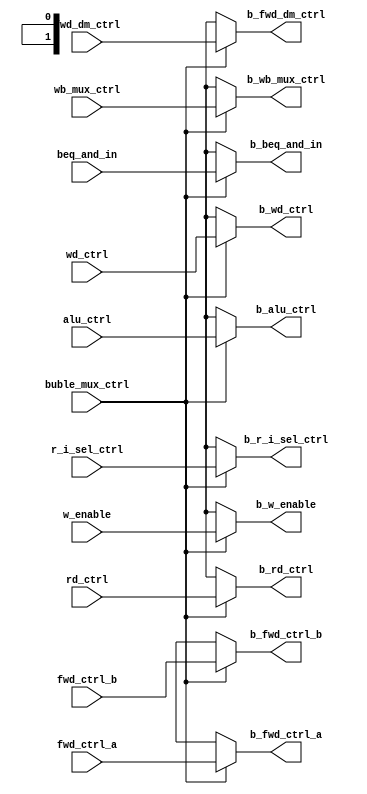
module BUBLE(
  input w_enable, alu_ctrl, buble_mux_ctrl, r_i_sel_ctrl, rd_ctrl, wd_ctrl, wb_mux_ctrl, fwd_dm_ctrl, beq_and_in,
  input [1:0] fwd_ctrl_a, fwd_ctrl_b,
  output reg b_w_enable, b_alu_ctrl, b_r_i_sel_ctrl, b_rd_ctrl, b_wd_ctrl, b_wb_mux_ctrl, b_fwd_dm_ctrl, b_beq_and_in,
  output reg [1:0] b_fwd_ctrl_a, b_fwd_ctrl_b);
  
  always @ (*)
    begin
      if(buble_mux_ctrl)
        begin
          b_w_enable = w_enable;
          b_alu_ctrl = alu_ctrl;
          b_r_i_sel_ctrl = r_i_sel_ctrl;
          b_rd_ctrl = rd_ctrl;
          b_wd_ctrl = wd_ctrl;
          b_wb_mux_ctrl = wb_mux_ctrl;
          b_fwd_dm_ctrl = fwd_dm_ctrl;
          b_fwd_ctrl_a = fwd_ctrl_a;
          b_fwd_ctrl_b = fwd_ctrl_b;
          b_beq_and_in = beq_and_in;
          
        end
        
      else
        begin
          b_w_enable = 1'bX;
          b_alu_ctrl = 1'bX;
          b_r_i_sel_ctrl = 1'bX;
          b_rd_ctrl = 1'bX;
          b_wd_ctrl = 1'bX;
          b_wb_mux_ctrl = 1'bX;
          b_fwd_dm_ctrl = 1'bX;
          b_fwd_ctrl_a = 2'bX;
          b_fwd_ctrl_b = 2'bX;
          b_beq_and_in = 1'bX;
        end
    end
  
  
endmodule